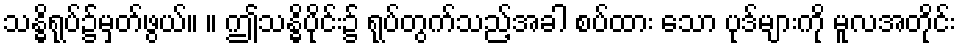
သန္ဓိရုပ်၌မှတ်ဖွယ်။ ။ ဤသန္ဓိပိုင်း၌ ရုပ်တွက်သည့်အခါ စပ်ထား သော ပုဒ်များကို မူလအတိုင်း